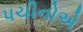
પચીનોએ